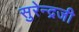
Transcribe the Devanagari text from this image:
सुरेन्द्रजी